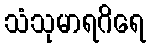
သံသုမာရဂိရေ